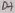
Text: D4